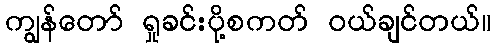
ကျွန်တော် ရှုခင်းပို့စကတ် ဝယ်ချင်တယ်။